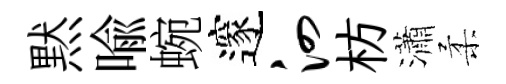
黙喩蜿邃泗枋瀟柔